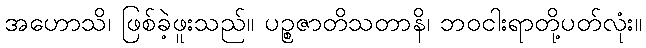
အဟောသိ၊ ဖြစ်ခဲ့ဖူးသည်။ ပဉ္စဇာတိသတာနိ၊ ဘဝငါးရာတို့ပတ်လုံး။